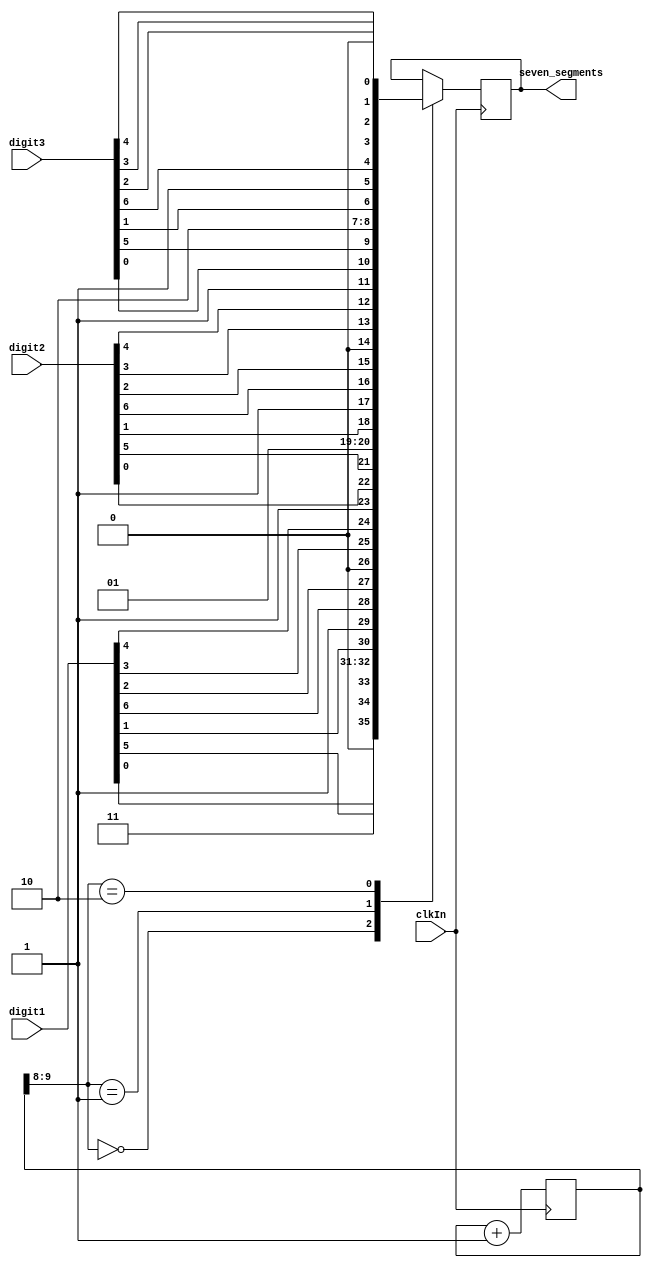
module sm_hex_display_digit
(
	input [6:0] digit1,
	input [6:0] digit2,
	input [6:0] digit3,
	
	input clkIn, // wire to CLOCK_50
	
	output reg [11:0] seven_segments
);

	reg [9:0] count = 10'b0000000000;
	
	always @(posedge clkIn)
	begin
		case (count[9:8])
			2'b00: seven_segments = {1'b0, digit1[0], digit1[5], 2'b11, digit1[1], 1'b1, digit1[6], digit1[2],	1'b0, digit1[3], digit1[4]};
			2'b01: seven_segments = {1'b1, digit2[0], digit2[5], 2'b01, digit2[1], 1'b1, digit2[6], digit2[2],	1'b0, digit2[3], digit2[4]};
			2'b10: seven_segments = {1'b1, digit3[0], digit3[5], 2'b10, digit3[1], 1'b1, digit3[6], digit3[2],	1'b0, digit3[3], digit3[4]};
			default: count <= count + 1'b0;
		endcase
		count <= count + 1'b1;
	end
	
endmodule